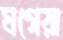
ঘগেয়া